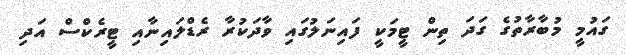
ގައުމީ މުބާރާތުގެ ގަދަ ތިން ޓީމަކީ ފައިނަލުގައި ވާދަކުރާ ރެޑްލައިނާއި ޓީރެކްސް އަދި